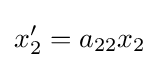
x_{2}'=a_{22}x_{2}